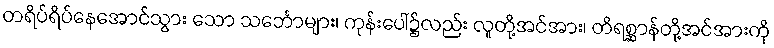
တရိပ်ရိပ်နေအောင်သွား သော သင်္ဘောများ၊ ကုန်းပေါ်၌လည်း လူတို့အင်အား၊ တိရစ္ဆာန်တို့အင်အားကို